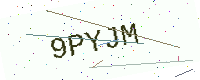
Text: 9PYJM